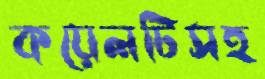
কয়েলটিসহ